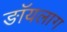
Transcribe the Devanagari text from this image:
ङॉयलाग